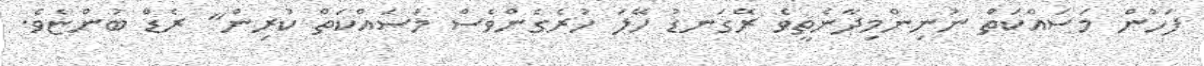
ފަަހުން މަސައްކަތް ނުނިންމިދާނެތީވެ ރޭގަނޑު ހޭލަ ހުރެގެންވެސް މަސައްކަތް ކުރިން" ރެޑް ބުންޏެވެ.